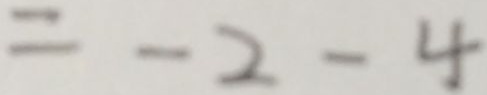
= - 2 - 4